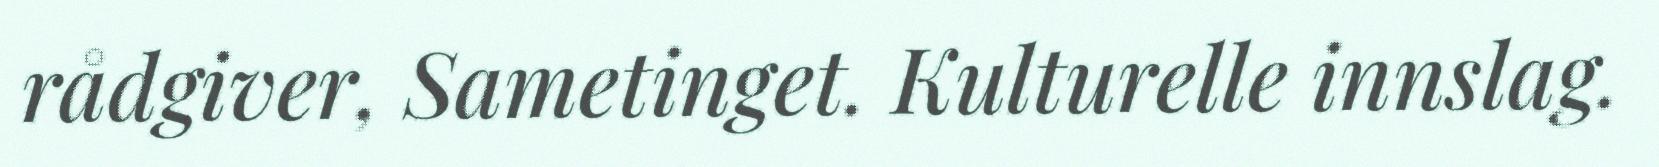
rådgiver, Sametinget. Kulturelle innslag.